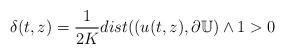
LaTeX: \begin{align*} \delta(t,z)=\frac{1}{2K}dist((u(t,z),\partial\mathbb{U})\wedge1 > 0\end{align*}